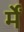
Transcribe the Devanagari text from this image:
र्में